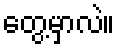
တွေ့မှာလဲ။